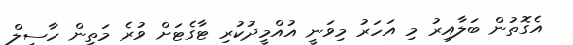
އެގޮތުން ބަލާއިރު މި އަހަރު މިވަނީ އުއްމީދުކުރި ޓާގެޓަށް ވުރެ މަތިން ހާސިލް